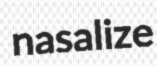
nasalize